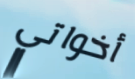
أخواتي